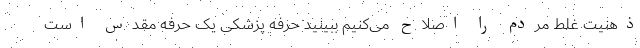
ذهنیت غلط مردم را اصلاح می‌کنیم ببینید حرفه پزشکی یک حرفه مقدس است